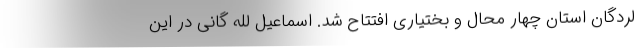
لردگان استان چهار محال و بختیاری افتتاح شد. اسماعیل لله گانی در این